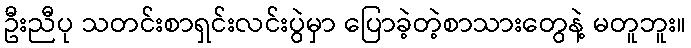
ဦးညီပု သတင်းစာရှင်းလင်းပွဲမှာ ပြောခဲ့တဲ့စာသားတွေနဲ့ မတူဘူး။